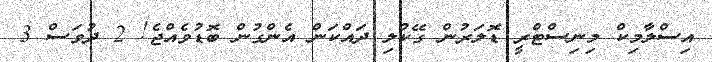
އިސްލާމިކް މިނިސްޓްރީ ޑޮލަރުން ގޭކުލި ދައްކަން އެންގުން ބޮޑުވެއްޖެ! 2 ދުވަސް 3